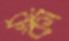
রুকা